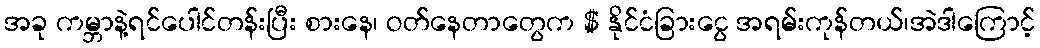
အခု ကမ္ဘာနဲ့ရင်ပေါင်တန်းပြီး စားနေ၊ ဝတ်နေတာတွေက $ နိုင်ငံခြားငွေ အရမ်းကုန်တယ်၊အဲဒါကြောင့်